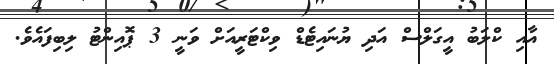
އާއި ކްލަބު އީގަލްސް އަދި ޔުނައިޓެޑް ވިކްޓަރީއަށް ވަނީ 3 ޕޮއިންޓު ލިބިފައެވެ.